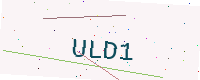
Text: ULD1